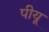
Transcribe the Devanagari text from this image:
पीयू